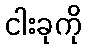
ငါးခုကို